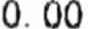
0.00